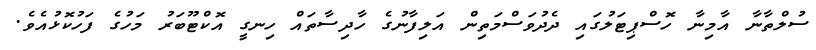
ސުލްތާނާ އާމިނާ ހޮސްޕިޓަލުގައި ދެދުވަސްމަތިން އަލިފާނުގެ ހާދިސާތައް ހިނގީ އޮކްޓޫބަރު މަހުގެ ފަހުކޮޅުއެވެ.